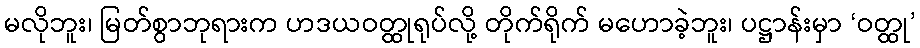
မလိုဘူး၊ မြတ်စွာဘုရားက ဟဒယဝတ္ထုရုပ်လို့ တိုက်ရိုက် မဟောခဲ့ဘူး၊ ပဋ္ဌာန်းမှာ ‘ဝတ္ထု’